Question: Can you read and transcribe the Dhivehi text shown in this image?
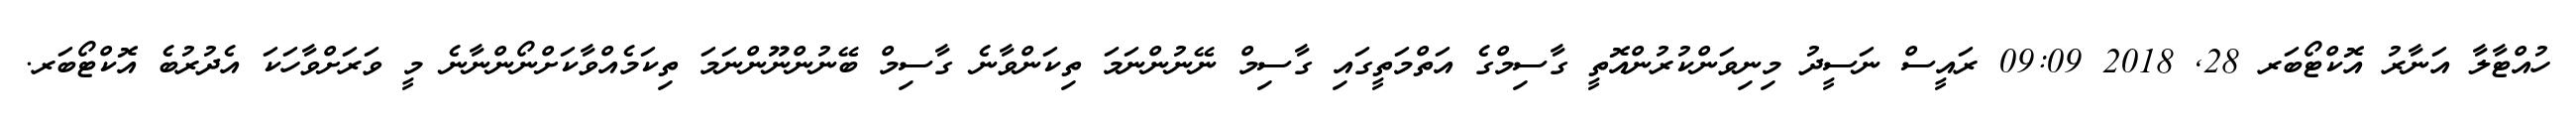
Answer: ހުއްޓާލާ އަނާރު އޮކްޓޯބަރ 28, 2018 09:09 ރައީސް ނަސީދު މިނިވަންކުރުންއޮތީ ގާސިމްގެ އަތްމަތީގައި ގާސިމް ނޭނުންނަމަ ތިކަންވާނެ ގާސިމް ބޭނުންނޫންނަމަ ތިކަމެއްވާކަށްނޯންނާނެ މީ ވަރަށްވާހަކަ އެދުރުބެ އޮކްޓޯބަރ.